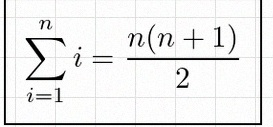
\sum_{i=1}^{n}i=\frac{n(n+1)}2